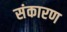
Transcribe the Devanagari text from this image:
संकारण